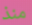
منذ